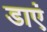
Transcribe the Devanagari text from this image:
डाएं